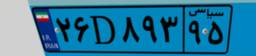
۲۶D۸۹۳۹۵